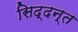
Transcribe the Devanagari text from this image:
सिद्दन्त